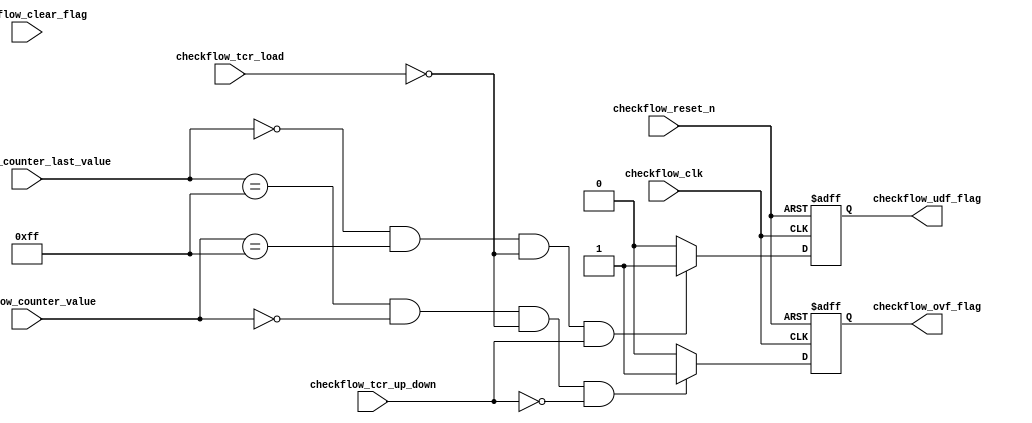
`define HIGH    1'b1
`define LOW     1'b0

module check_flow (
    //Inputs
    input           checkflow_clk,
    input           checkflow_reset_n,
    input   [7:0]   checkflow_counter_last_value,
    input   [7:0]   checkflow_counter_value,
    input   [1:0]   checkflow_clear_flag,
    input           checkflow_tcr_load,
    input           checkflow_tcr_up_down,


    //Outputs
    output  reg     checkflow_ovf_flag,
    output  reg     checkflow_udf_flag
);
/***********************************|
|I.        INTERNAL  SIGNALS        |
|***********************************/

/***********************************|
|II.          BEHAVIOUR             |
|***********************************/
/*************************|
|1.    Check Overflow     |
|*************************/
always @(posedge checkflow_clk or negedge checkflow_reset_n) begin
    if (~checkflow_reset_n) begin
        checkflow_ovf_flag <= `LOW;
    end
    else begin
        if(checkflow_clear_flag[0]) begin
            checkflow_ovf_flag <= `LOW;
        end
        if (checkflow_counter_last_value == 8'hFF 
            && checkflow_counter_value == 8'h00 
            && ~checkflow_tcr_load
            && ~checkflow_tcr_up_down) begin
                checkflow_ovf_flag <= `HIGH;
            end
        else begin
            checkflow_ovf_flag <= `LOW;
        end
        
    end
end

/*************************|
|2.    Check Underflow    |
|*************************/
always @(posedge checkflow_clk or negedge checkflow_reset_n) begin
    if (~checkflow_reset_n) begin
        checkflow_udf_flag <= `LOW;
    end
    else begin
        if(checkflow_clear_flag[1]) begin
            checkflow_udf_flag <= `LOW;
        end
        if (checkflow_counter_last_value == 8'h00
            && checkflow_counter_value == 8'hFF
            && ~checkflow_tcr_load
            && checkflow_tcr_up_down) begin
                checkflow_udf_flag <= `HIGH;
            end
        else begin
            checkflow_udf_flag <= `LOW;
        end
        
    end
end
    
endmodule